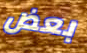
بعض